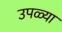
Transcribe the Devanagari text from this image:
उपळ्या